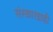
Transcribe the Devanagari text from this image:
संस्कारग्राही